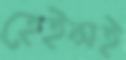
হেইন্সই